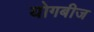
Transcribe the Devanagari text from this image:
योगबीज